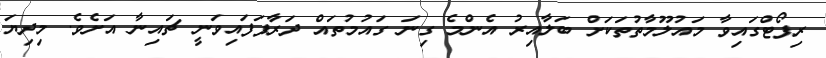
ރިޕޯޓްގައިވާ މައުލޫމާތުތަކަށް ބަލާއިރު އެންމެ ގިނަ ގައުމުތައް ދަރާފަފައިވަނީ ޗައިނާ އަށެވެ. މިދިޔަ